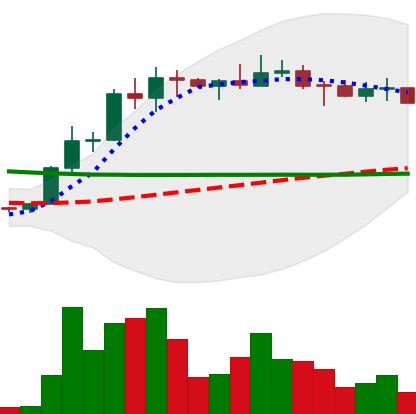
Ticker: ETC-USD
Chart end date: 2022-04-05
Forward return: -9.093%
Label: down_7plus